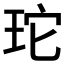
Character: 𭹂